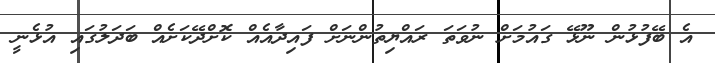
އެ ބޭފުޅުން ނޫޅޭ ގައުމަށް ނުވަތަ ރައްޔިތުންނަށް ފައިދާއެއް ކޮށްދޭކަށެއް ބަދަލުގައި އުޅެނީ